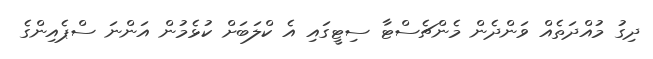
ދިގު މުއްދަތެއް ވަންދެން މެންޗެސްޓާ ސިޓީގައި އެ ކްލަބަށް ކުޅެމުން އަންނަ ސްޕެއިންގެ